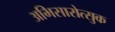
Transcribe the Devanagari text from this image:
अभिसारोत्सुक